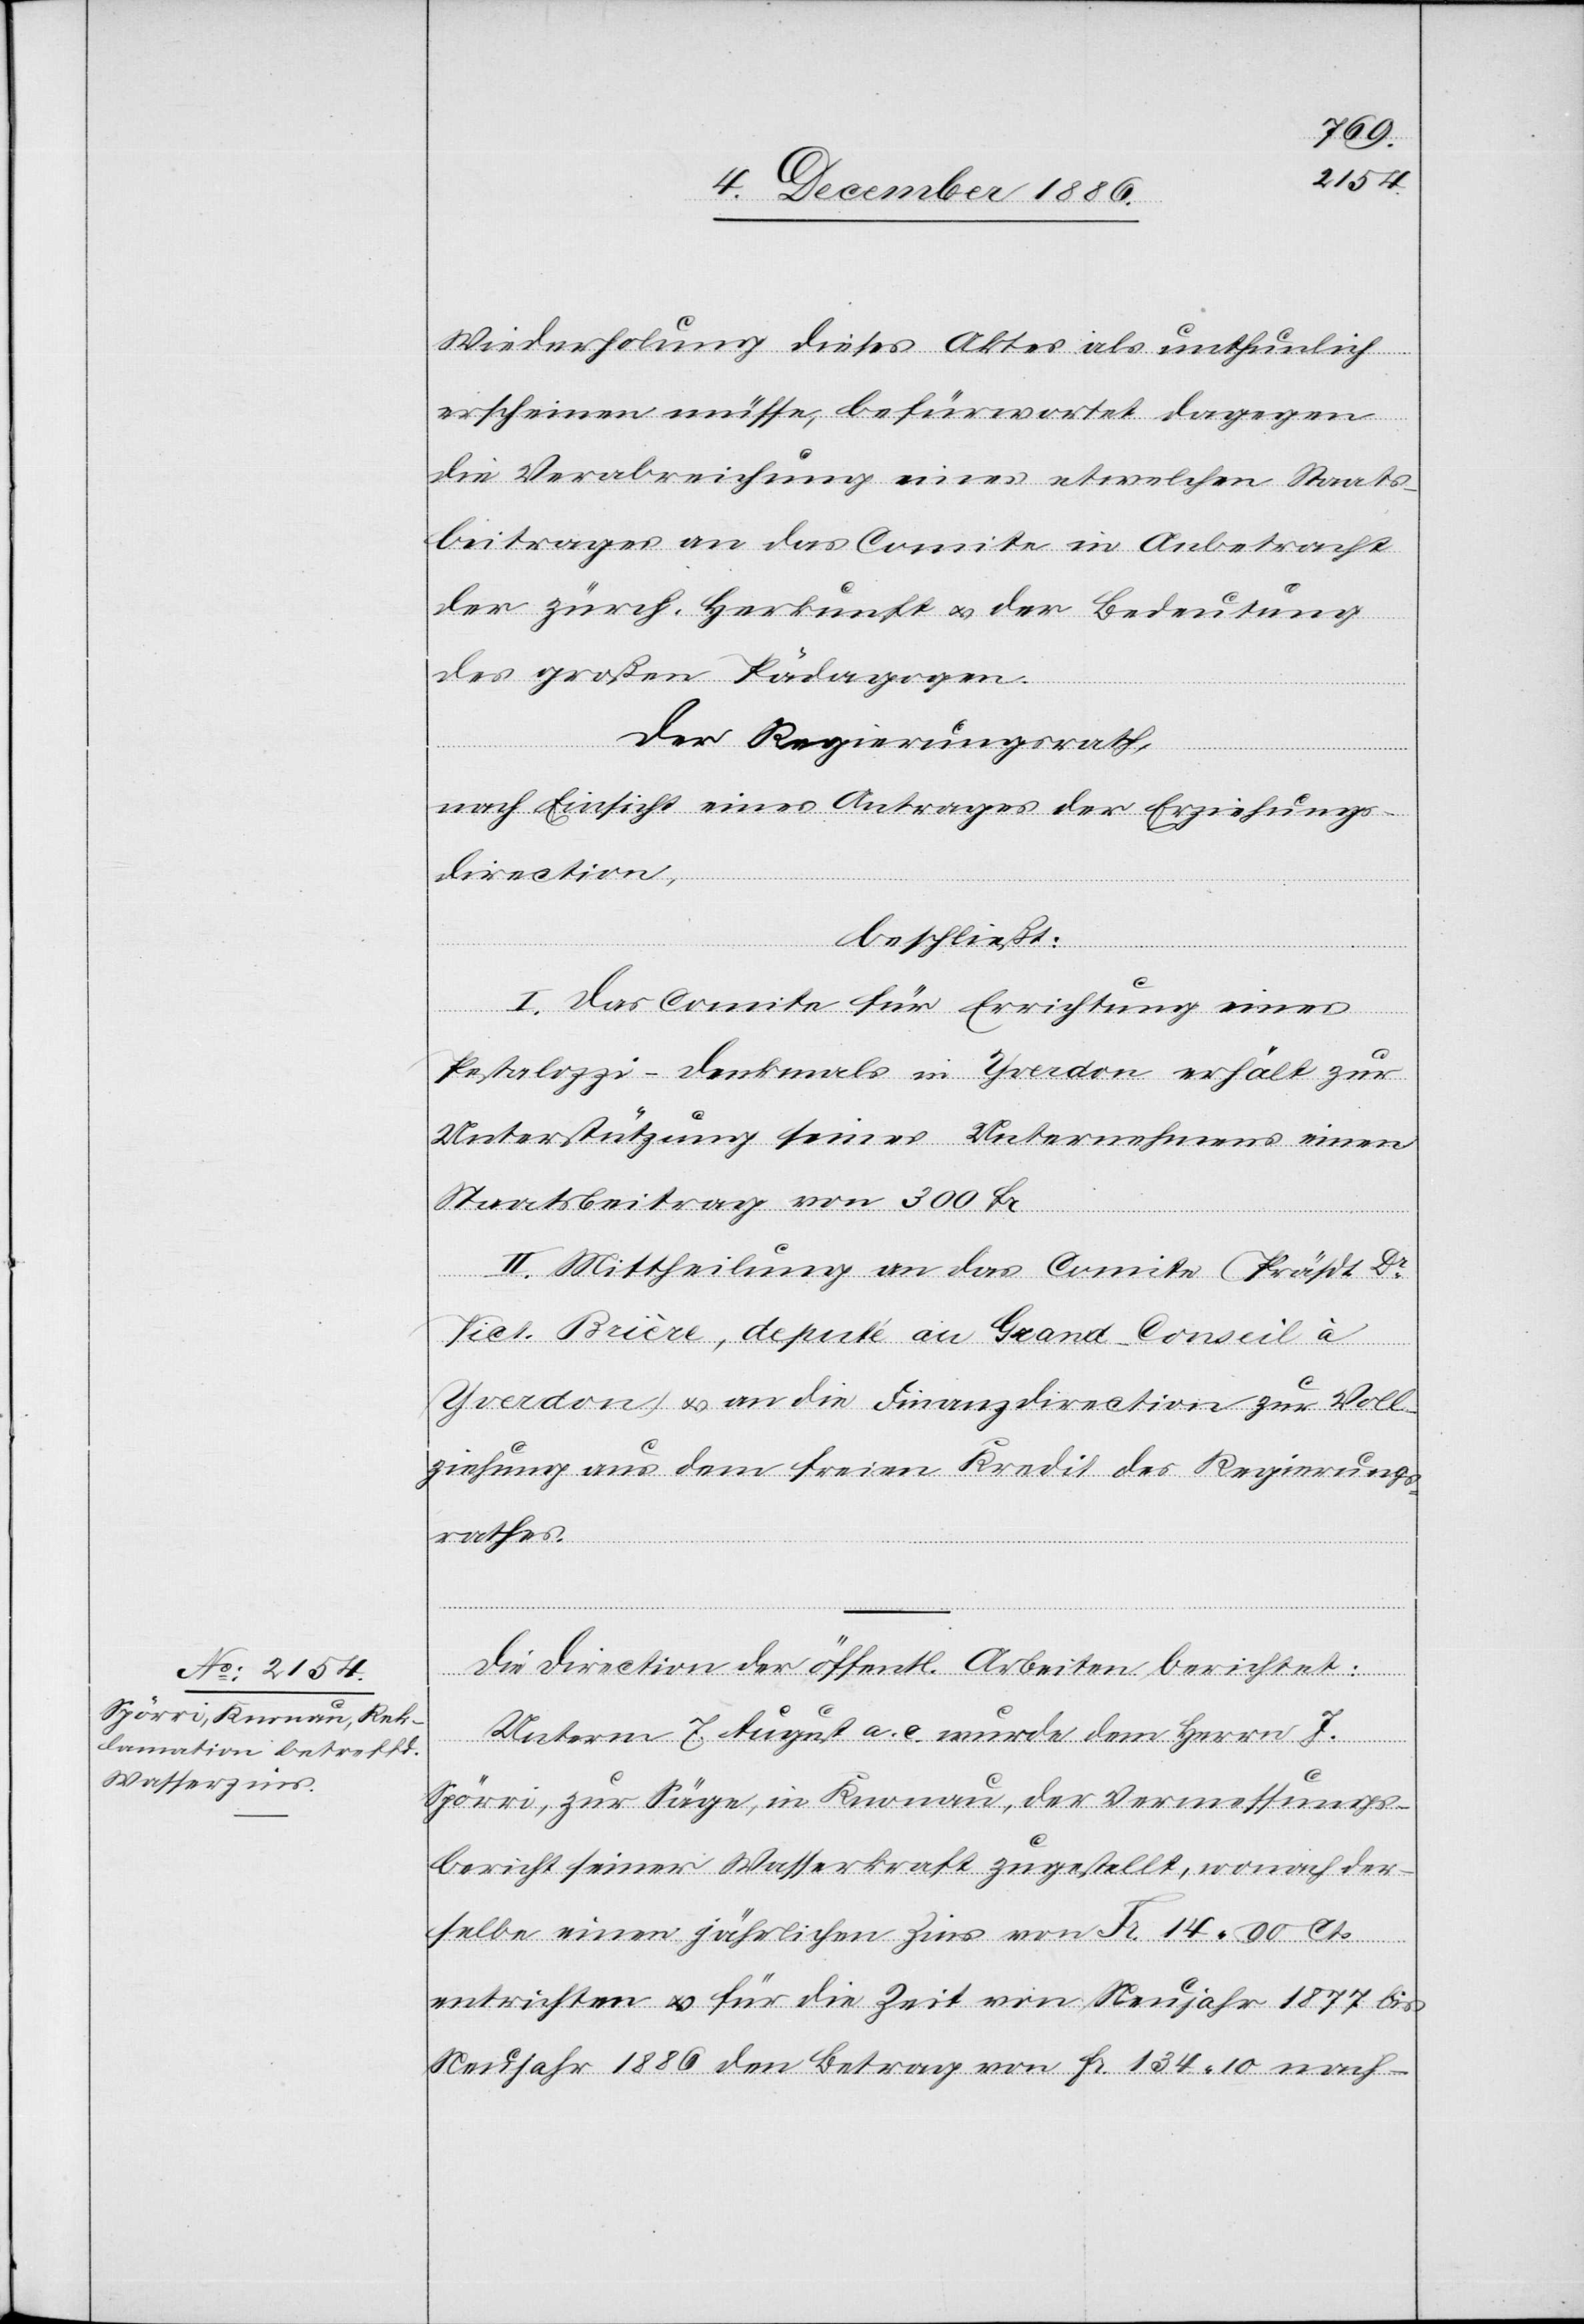
Wiederholung dieses Aktes als unthunlich
erscheinen müsse, befürwortet dagegen
die Verabreichung eines etwelchen Staats¬
beitrages an das Comite in Anbetracht
der zürch. Herkunft & der Bedeutung
des großen Pädagogen.
Der Regierungsrath,
nach Einsicht eines Antrages der Erziehungs¬
direction,
beschließt:
I. Das Comite für Errichtung eines
Pestalozzi-Denkmals in Yverdon erhält zur
Unterstützung seines Unternehmens einen
Staatsbeitrag von 300 Fr.
II. Mittheilung an das Comite (Präsdt. Dr
Vict. Brière, deputé au Grand-Conseil à
Yverdon) & an die Finanzdirection zur Voll¬
ziehung aus dem freien Kredit des Regierungs¬
rathes.
Die Direction der öffentl. Arbeiten berichtet:
Unterm 7. August a. c. wurde dem Herrn J.
Spörri, zur Säge, in Knonau, der Vermessungs¬
bericht seiner Wasserkraft zugestellt, wonach der¬
selbe einen jährlichen Zins von Fr. 14 90 Cts.
entrichten & für die Zeit von Neujahr 1877 bis
Neujahr 1886 den Betrag von Fr. 134 10 nach-